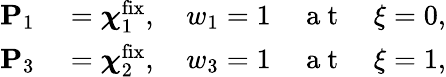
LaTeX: \begin{array}{rl}{\mathbf{P}_{1}}&{{}=\boldsymbol\chi_{1}^{\mathrm{{fix}}},\quad w_{1}=1\quad\mathrm{~a~t~}\quad\xi=0,}\\ {\mathbf{P}_{3}}&{{}=\boldsymbol\chi_{2}^{\mathrm{{fix}}},\quad w_{3}=1\quad\mathrm{~a~t~}\quad\xi=1,}\end{array}